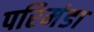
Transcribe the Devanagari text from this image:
परिमंडा